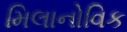
મિલાનોવિક